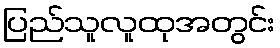
ပြည်သူလူထုအတွင်း